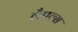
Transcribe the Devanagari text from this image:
लैपल्स